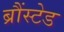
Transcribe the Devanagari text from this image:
ब्रौंस्टेड